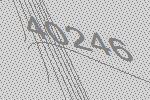
40246